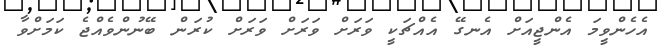
އެހެންވީމަ އެންޖީއަށް އެނގޭ އެއްޗަކީ ވަރަށް ވަރަށް ވަރަށް ކުރަން ބޭނުންވެއްޖެ ކަމަށްވާ